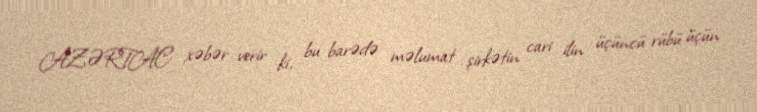
AZƏRTAC xəbər verir ki, bu barədə məlumat şirkətin cari ilin üçüncü rübü üçün